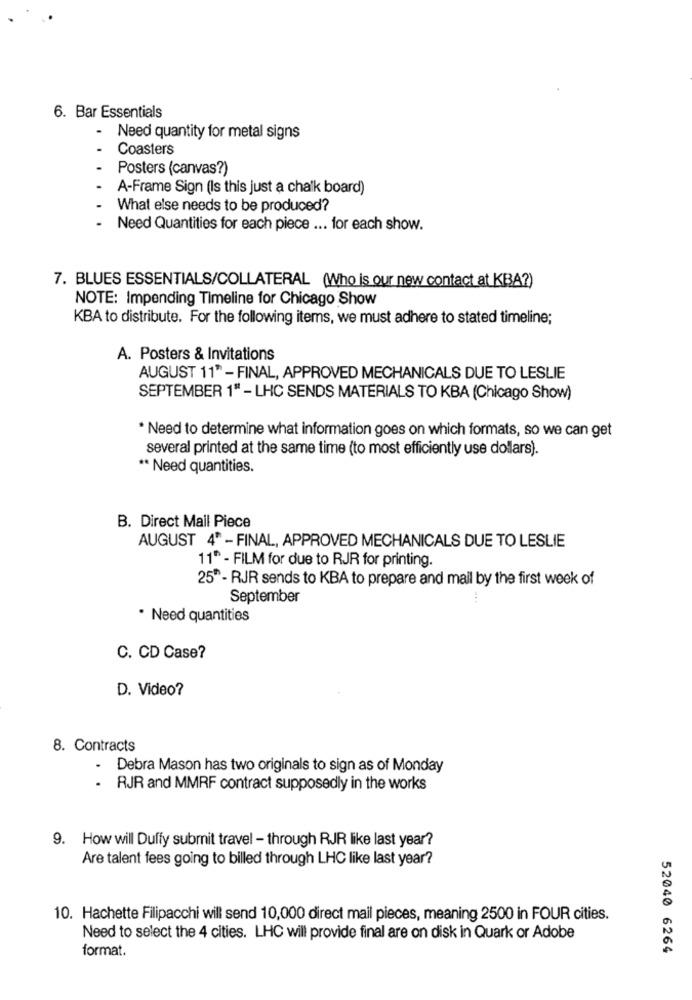
6. Bar Essentials
Need quantity for metal signs
Coasters
Posters (canvas?)
A-Frame Sign (Is this just a chalk board)
What else needs to be produced?
Need Quantities for each piece ... for each show.
7. BLUES ESSENTIALS/COLLATERAL (Who is our new contact at KBA?)
NOTE: Impending Timeline for Chicago Show
KBA to distribute. For the following items, we must adhere to stated timeline;
A. Posters & Invitations
AUGUST 11" - FINAL, APPROVED MECHANICALS DUE TO LESLIE
SEPTEMBER 1" - LHC SENDS MATERIALS TO KBA (Chicago Show)
* Need to determine what information goes on which formats, so we can get
several printed at the same time (to most efficiently use dollars).
** Need quantities.
B. Direct Mail Piece
AUGUST 4* - FINAL, APPROVED MECHANICALS DUE TO LESLIE
11^ - FILM for due to RJR for printing.
25" - RJR sends to KBA to prepare and mail by the first week of
September
. Need quantities
C. CD Case?
D. Video?
8. Contracts
Debra Mason has two originals to sign as of Monday
.
RJR and MMRF contract supposedly in the works
9. How will Duffy submit travel - through RJR like last year?
Are talent fees going to billed through LHC like last year?
10. Hachette Filipacchi will send 10,000 direct mail pieces, meaning 2500 in FOUR cities.
Need to select the 4 cities. LHC will provide final are on disk in Quark or Adobe
format.
52040 6264